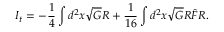
I _ { t } = - \frac { 1 } { 4 } \int d ^ { 2 } x \sqrt { G } R + \frac { 1 } { 1 6 } \int d ^ { 2 } x \sqrt { G } R \hat { F } R .